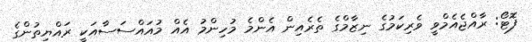
ފޮޓޯ: ރާއްޖެއެމްވީ ވެރިކަމުގެ ނިޒާމްގެ ތެރެއިން އެންމެ މުހިންމު އެއް މުއައްސަސާއަކީ ރައްޔިތުންގެ